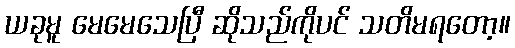
ယခုမူ မေမေသေပြီ ဆိုသည်ကိုပင် သတိမရတော့။